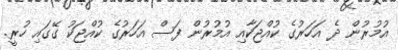
އުމުރުން ދެ އަހަރުގެ ކުއްޖަކާއި އުމުރުން ފަސް އަހަރުގެ ކުއްޖަކު ގޭގައި ހުރީ.